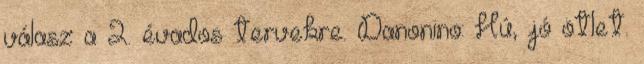
válasz a 2. évados tervekre. Danonino: Hú, jó ötlet.